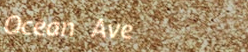
Ocean Ave